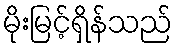
မိုးမြင့်ရှိန်သည်